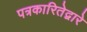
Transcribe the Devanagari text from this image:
पत्रकारितेद्वारे